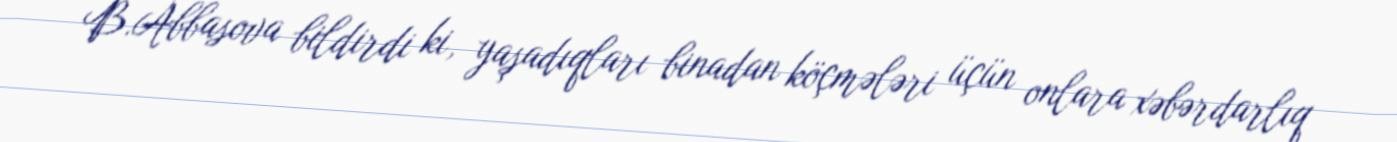
B.Abbasova bildirdi ki, yaşadıqları binadan köçmələri üçün onlara xəbərdarlıq